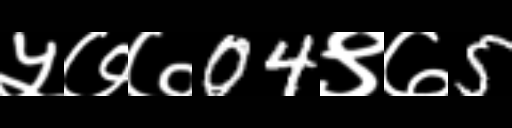
Text: ५७७04९७5